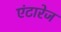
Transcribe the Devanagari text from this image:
एंटारेज